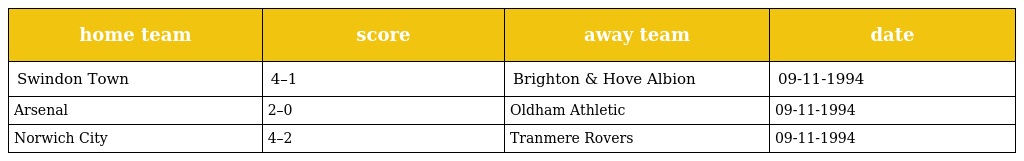
| home team | score | away team | date |
 | --- | --- | --- | --- |
 | Swindon Town | 4–1 | Brighton & Hove Albion | 09-11-1994 |
 | Arsenal | 2–0 | Oldham Athletic | 09-11-1994 |
 | Norwich City | 4–2 | Tranmere Rovers | 09-11-1994 |